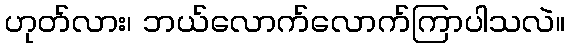
ဟုတ်လား၊ ဘယ်လောက်လောက်ကြာပါသလဲ။